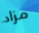
مزاد